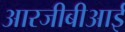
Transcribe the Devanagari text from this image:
आरजीबीआई